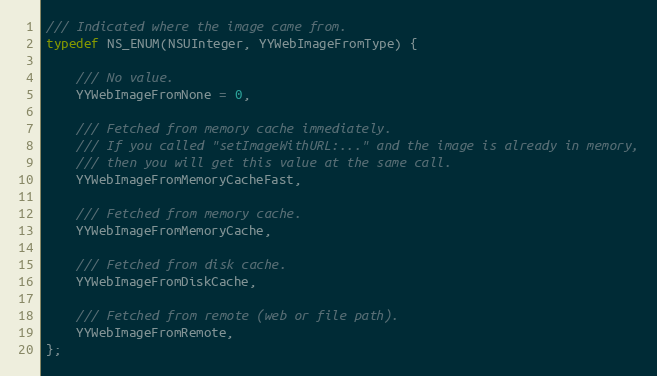
Language: C
/// Indicated where the image came from.
typedef NS_ENUM(NSUInteger, YYWebImageFromType) {

    /// No value.
    YYWebImageFromNone = 0,

    /// Fetched from memory cache immediately.
    /// If you called "setImageWithURL:..." and the image is already in memory,
    /// then you will get this value at the same call.
    YYWebImageFromMemoryCacheFast,

    /// Fetched from memory cache.
    YYWebImageFromMemoryCache,

    /// Fetched from disk cache.
    YYWebImageFromDiskCache,

    /// Fetched from remote (web or file path).
    YYWebImageFromRemote,
};